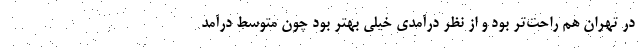
در تهران هم راحت‌تر بود و از نظر درآمدی خیلی بهتر بود چون متوسط درآمد